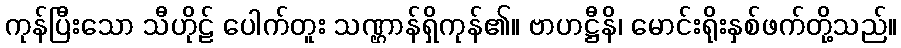
ကုန်ပြီးသော သီဟိုဠ် ပေါက်တူး သဏ္ဌာန်ရှိကုန်၏။ ဗာဟဋ္ဌီနိ၊ မောင်းရိုးနှစ်ဖက်တို့သည်။